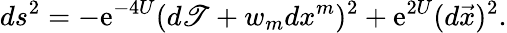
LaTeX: ds^{2}=-\mathrm{e}^{-4U}(d\mathscr{T}+w_{m}dx^{m})^{2}+\mathrm{e}^{2U}(d\vec{{x}})^{2}.